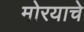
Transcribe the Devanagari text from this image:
मोरयाचे